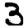
Digit: 3